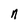
Character: n